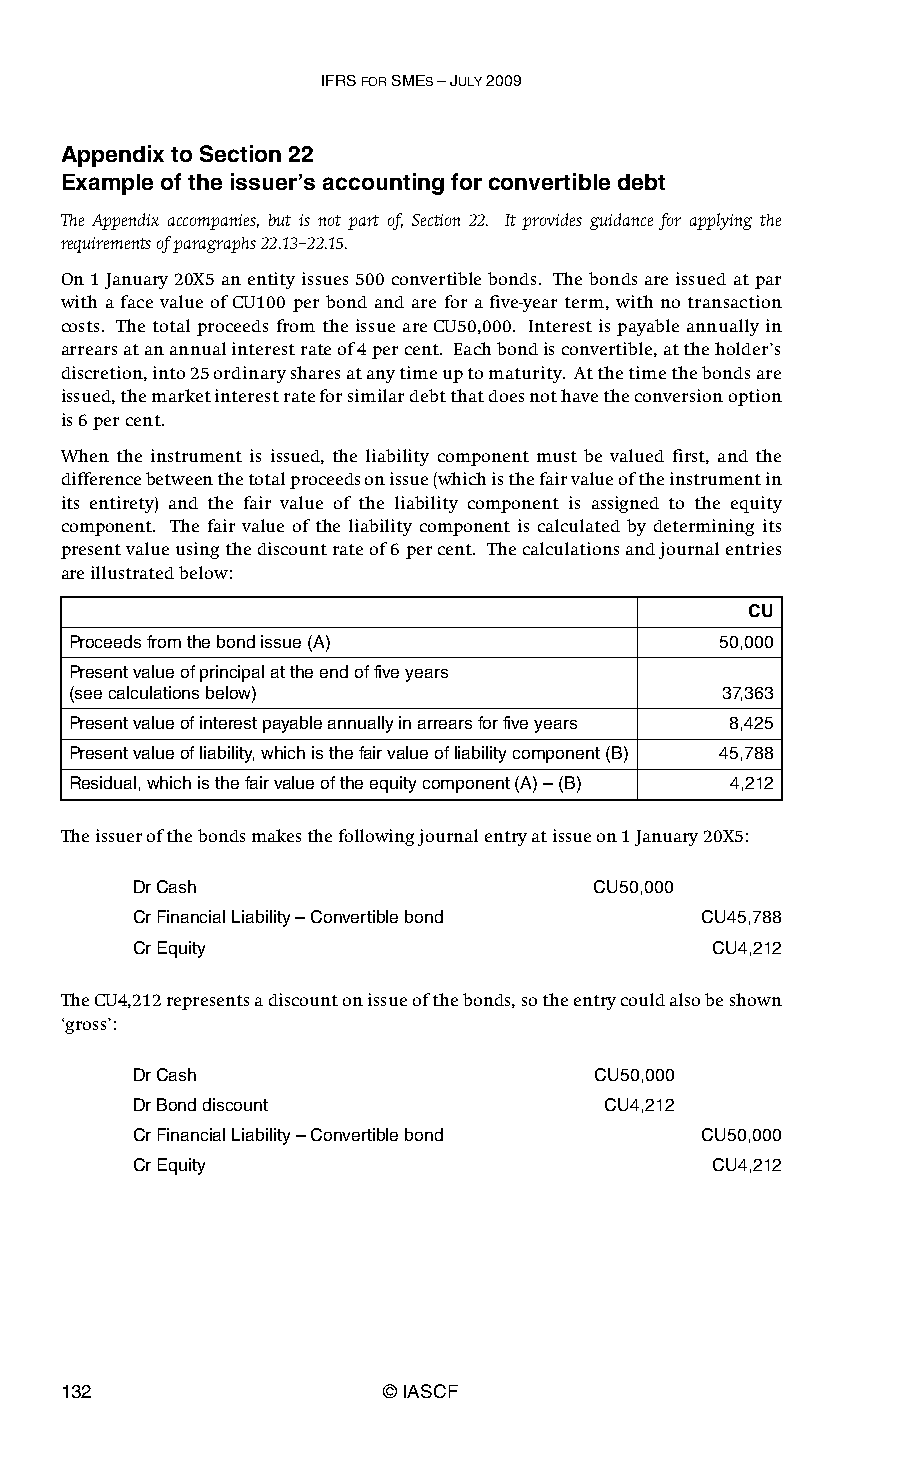
IFRS FOR SMES – JULY 2009
 Appendix to Section 22
 Example of the issuer’s accounting for convertible debt
 The Appendix accompanies, but is not part of, Section 22. It provides guidance for applying the
 requirements of paragraphs 22.13–22.15.
 On 1 January 20X5 an entity issues 500 convertible bonds. The bonds are issued at par
 with a face value of CU100 per bond and are for a five-year term, with no transaction
 costs. The total proceeds from the issue are CU50,000. Interest is payable annually in
 arrears at an annual interest rate of 4 per cent. Each bond is convertible, at the holder’s
 discretion, into 25 ordinary shares at any time up to maturity. At the time the bonds are
 issued, the market interest rate for similar debt that does not have the conversion option
 is 6 per cent.
 When the instrument is issued, the liability component must be valued first, and the
 difference between the total proceeds on issue (which is the fair value of the instrument in
 its entirety) and the fair value of the liability component is assigned to the equity
 component. The fair value of the liability component is calculated by determining its
 present value using the discount rate of 6 per cent. The calculations and journal entries
 are illustrated below:
 CU
 Proceeds from the bond issue (A)           50,000
 Present value of principal at the end of five years
 (see calculations below)                   37,363
 Present value of interest payable annually in arrears for five years 8,425
 Present value of liability, which is the fair value of liability component (B) 45,788
 Residual, which is the fair value of the equity component (A) – (B) 4,212
 The issuer of the bonds makes the following journal entry at issue on 1 January 20X5:
 Dr Cash                       CU50,000
 Cr Financial Liability – Convertible bond CU45,788
 Cr Equity                             CU4,212
 The CU4,212 represents a discount on issue of the bonds, so the entry could also be shown
 ‘gross’:
 Dr Cash                        CU50,000
 Dr Bond discount               CU4,212
 Cr Financial Liability – Convertible bond CU50,000
 Cr Equity                             CU4,212
 132                   © IASCF